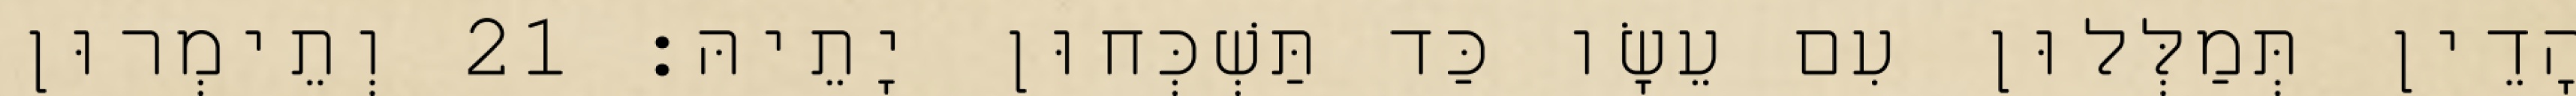
הָדֵין תְּמַלְּלוּן עִם עֵשָׂו כַּד תַּשְׁכְּחוּן יָתֵיהּ׃ 21 וְתֵימְרוּן